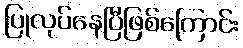
ပြုလုပ်နေပြီဖြစ်ကြောင်း